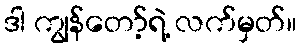
ဒါ ကျွန်တော့်ရဲ့ လက်မှတ်။